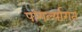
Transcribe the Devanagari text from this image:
पांगर्ल्यागत